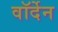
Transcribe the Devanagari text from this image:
वॉर्देन